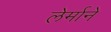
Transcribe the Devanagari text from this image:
लेर्माने